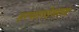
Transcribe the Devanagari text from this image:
हरपालदेवराव